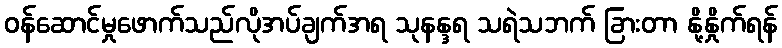
ဝန်ဆောင်မှုဖောက်သည်လိုအပ်ချက်အရ သုနန္ဒရ သရဲသဘက် ခြားတာ နို့နှိုက်ရန်